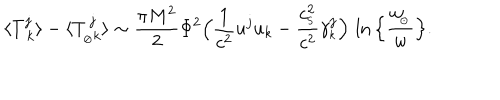
\langle { T _ { \ k } ^ { j } } \rangle - \langle T _ { _ { \oslash } k } ^ { \, j } \rangle \sim { \frac { \pi M ^ { 2 } } { 2 } } \Phi ^ { 2 } \Big ( { \frac { 1 } { c ^ { 2 } } } u ^ { j } u _ { k } - { \frac { c _ { _ \mathrm { S } } ^ { 2 } } { c ^ { 2 } } } \gamma _ { _ k } ^ { j } \Big ) \, \ln \Big \{ { \frac { w _ { \! _ { \odot } } } { w } } \Big \} .